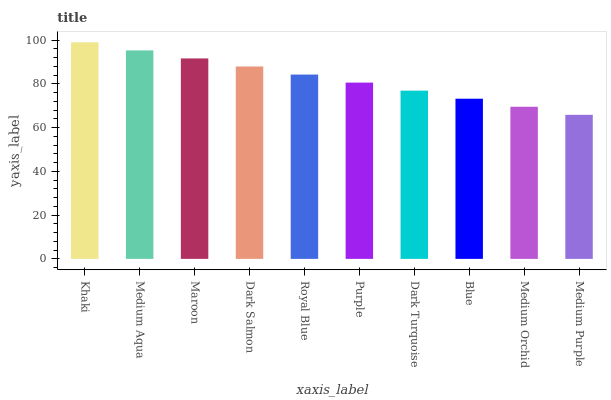
| xaxis_label | bars |
 | --- | --- |
 | Khaki | 99 |
 | Medium Aqua | 95.3 |
 | Maroon | 91.6 |
 | Dark Salmon | 88 |
 | Royal Blue | 84.3 |
 | Purple | 80.6 |
 | Dark Turquoise | 76.9 |
 | Blue | 73.2 |
 | Medium Orchid | 69.5 |
 | Medium Purple | 65.9 |